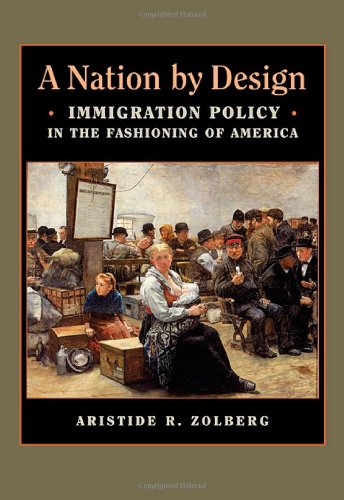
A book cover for A Nation by Design: Immigration Policy in the Fashioning of America; Aristide R. Zolberg; Law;